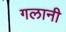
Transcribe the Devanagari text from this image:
गलानी